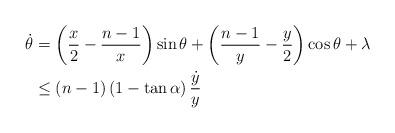
LaTeX: \begin{align*}\dot{\theta} &= \left(\frac{x}{2} - \frac{n-1}{x} \right)\sin \theta + \left(\frac{n-1}{y} - \frac{y}{2} \right)\cos \theta + \lambda \\&\leq \left(n-1\right)\left(1 - \tan \alpha \right) \frac{\dot{y}}{y}\end{align*}